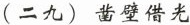
(二九) 凿壁借光